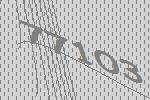
77103